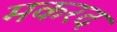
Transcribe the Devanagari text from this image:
मकरद